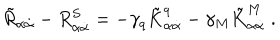
\tilde { R } _ { \alpha \dot { \alpha } } - R _ { \alpha \dot { \alpha } } ^ { S } = - \gamma _ { q } \tilde { K } _ { \alpha \dot { \alpha } } ^ { q } - \gamma _ { M } \tilde { K } _ { \alpha \dot { \alpha } } ^ { M } \; .